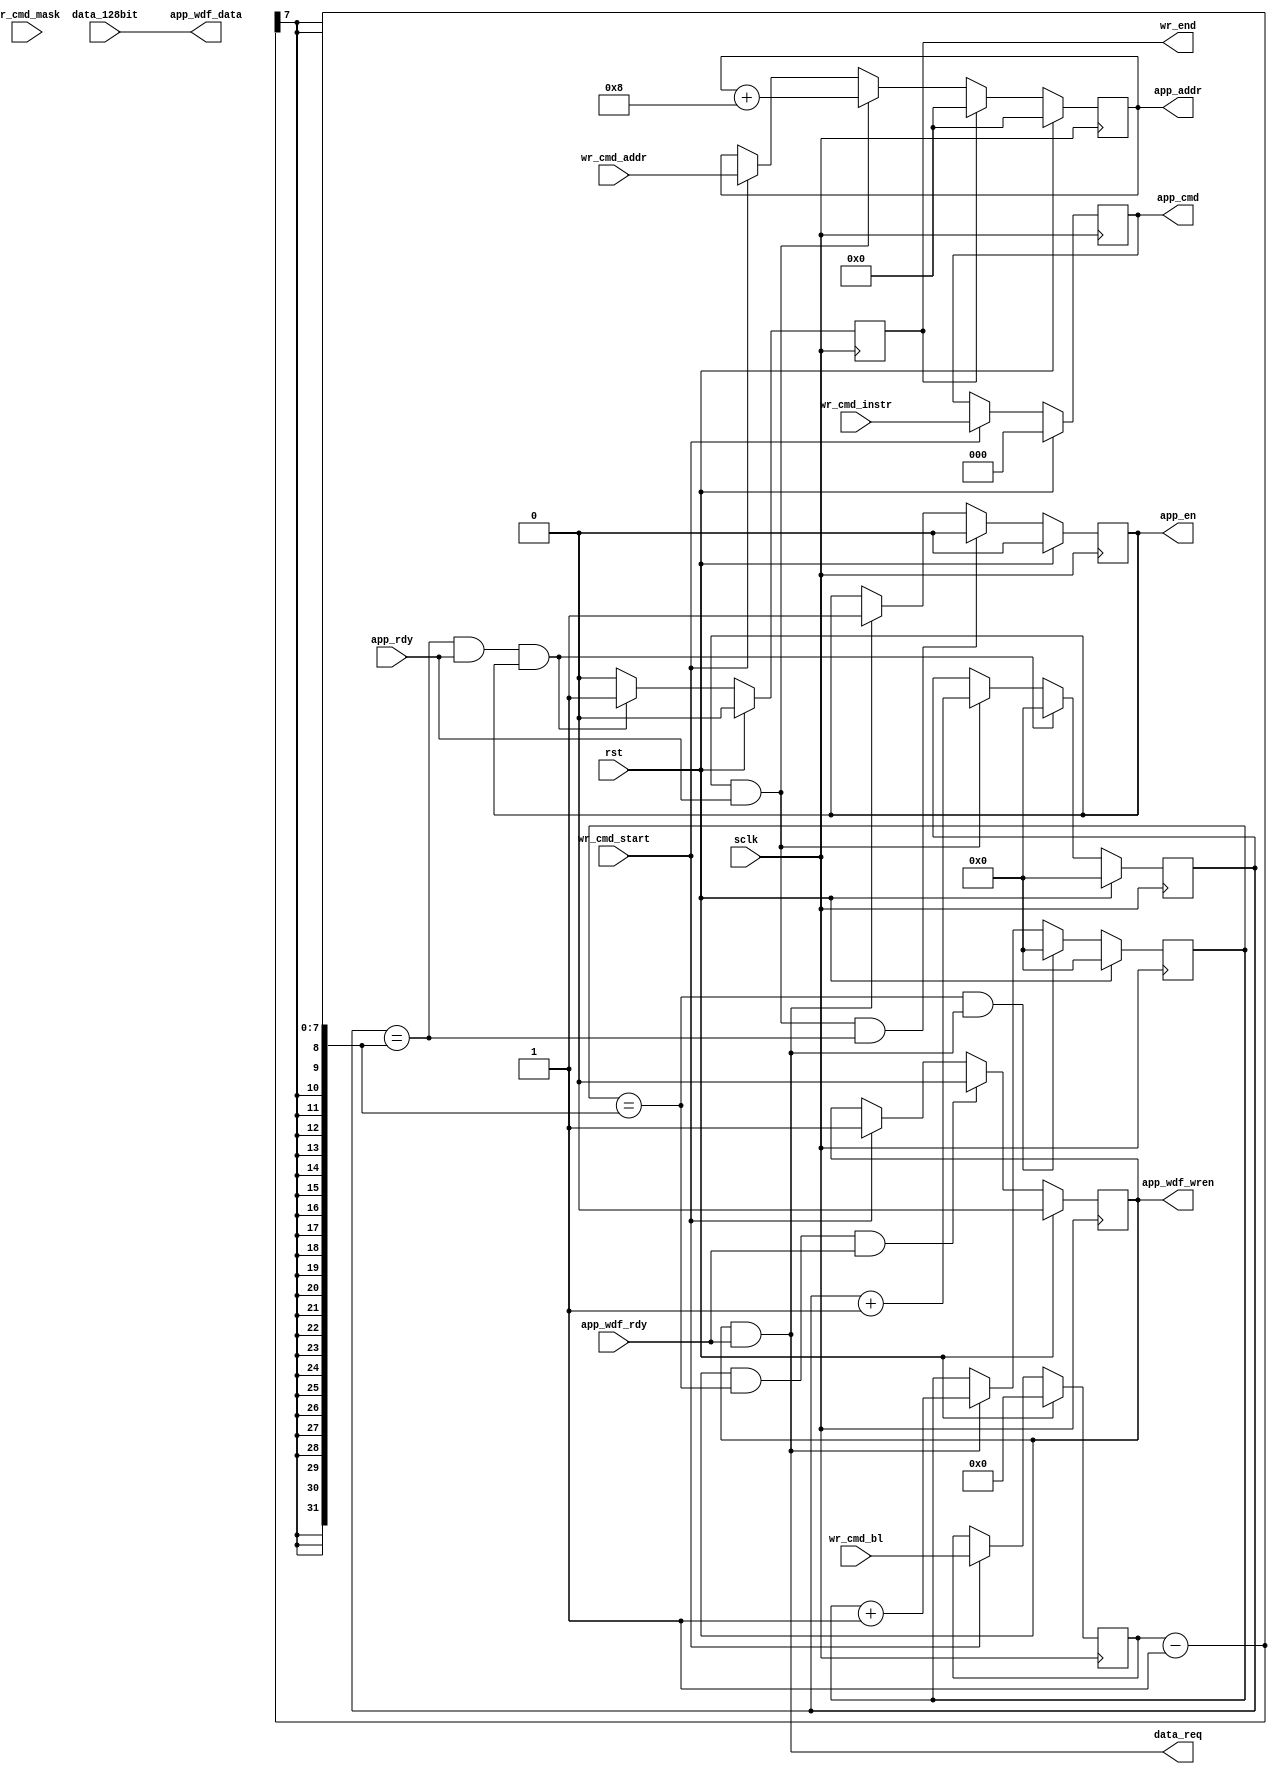
// -----------------------------------------------------------------------------
// Copyright (c) 2014-2019 All rights reserved
// -----------------------------------------------------------------------------
// wechat : 15921999232
// Create : 2019-09-10 16:28:29
// Revise : 2019-09-16 11:50:41
// Editor : sublime text3, tab size (4)
// -----------------------------------------------------------------------------
`timescale 1ns / 1ps

module a7_ddr3_wr_ctrl(
	input	wire 			sclk,
	input	wire 			rst,
	//user write ports
	input	wire 			wr_cmd_start,
	input	wire 	[2:0]	wr_cmd_instr,
	input	wire 	[6:0]	wr_cmd_bl,
	input	wire 	[27:0]	wr_cmd_addr,
	input	wire 	[127:0]	data_128bit,
	input	wire 	[15:0]	wr_cmd_mask,
	output	wire 			data_req,
	output	wire 			wr_end,
	//ddr3 ipcore ports
	output	wire 			app_wdf_wren,
	output	wire 	[127:0]	app_wdf_data,
	input	wire 			app_wdf_rdy,
	output	wire 			app_en,
	input	wire 			app_rdy,
	output	wire 	[27:0]	app_addr,
	output	wire 	[2:0]	app_cmd

    );
	reg [2:0]	cmd_instr;
	reg [6:0]	cmd_bl;
	reg [27:0]	cmd_addr;
	reg [15:0]	cmd_mask;
	reg 		wdf_wren;
	reg [7:0]	data_cnt;
	reg 		app_en_r;
	reg [7:0]	cmd_cnt;
	reg 		wr_end_r;

	assign wr_end = wr_end_r;
	assign app_wdf_wren = wdf_wren;
	assign app_en = app_en_r;
	assign app_addr = cmd_addr;
	assign app_cmd = cmd_instr;


	always @(posedge sclk) begin
		if(rst == 1'b1) begin
			cmd_instr <= 'd0;
			cmd_bl <= 'd0;
			cmd_mask <= 'd0;
		end
		else if(wr_cmd_start == 1'b1) begin
			cmd_instr <= wr_cmd_instr;
			cmd_bl <= wr_cmd_bl;
			cmd_mask <= wr_cmd_mask;
		end
	end

	always @(posedge sclk) begin
		if (rst == 1'b1) begin
			wdf_wren <= 1'b0;
		end
		else if (wdf_wren == 1'b1 && data_cnt == (cmd_bl-1) && app_wdf_rdy == 1'b1) begin
			wdf_wren <= 1'b0;
		end
		else if (wr_cmd_start == 1'b1) begin
			wdf_wren <= 1'b1;
		end
	end

	always @(posedge sclk) begin
		if (rst == 1'b1) begin
			data_cnt <= 'd0;
		end
		else if (data_cnt ==  (cmd_bl-1) && data_req == 1'b1) begin
			data_cnt <= 'd0;
		end
		else if (data_req == 1'b1) begin
			data_cnt <= data_cnt + 1'b1;
		end
	end

	assign data_req = wdf_wren & app_wdf_rdy;
	assign app_wdf_data = data_128bit;

	always @(posedge sclk) begin
		if (rst == 1'b1) begin
			app_en_r <= 1'b0;
		end
		else if (app_en_r == 1'b1 && app_rdy == 1'b1 && cmd_cnt == (cmd_bl-1)) begin
			app_en_r <= 1'b0;
		end
		else if (data_req == 1'b1) begin
			app_en_r <= 1'b1;
		end
	end

	always @(posedge sclk) begin
		if (rst == 1'b1) begin
			cmd_cnt <='d0;
		end
		else if (cmd_cnt ==  (cmd_bl-1) && app_rdy == 1'b1 && app_en_r == 1'b1)begin
			 cmd_cnt <= 'd0;
		end
		else if (app_en_r == 1'b1 && app_rdy == 1'b1) begin
			cmd_cnt <= cmd_cnt + 1'b1;
		end
	end

	always @(posedge sclk) begin
		if (rst == 1'b1) begin
			cmd_addr <= 'd0;
		end
		else if(wr_end_r) begin
			cmd_addr <= 'd0;
		end
		else if (app_rdy == 1'b1 && app_en_r == 1'b1) begin
			cmd_addr <= cmd_addr + 'd8;
		end
		else if (wr_cmd_start == 1'b1) begin
			cmd_addr <= wr_cmd_addr;
		end
	end
always @(posedge sclk) begin
	if (rst == 1'b1) begin
		wr_end_r <='d0;
	end
	else if (cmd_cnt ==  (cmd_bl-1) && app_rdy == 1'b1 && app_en_r == 1'b1) begin
		wr_end_r <=1'b1;
	end
	else begin
		wr_end_r <= 1'b0;
	end
end

endmodule